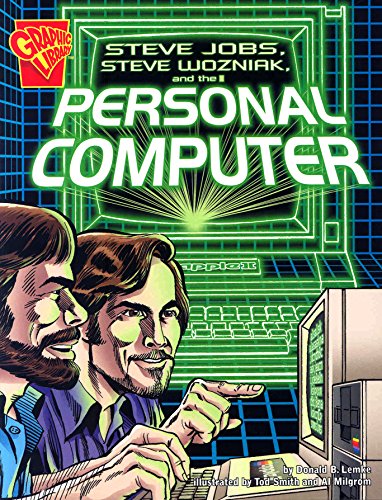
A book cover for Steve Jobs, Steve Wozniak, and the Personal Computer (Inventions and Discovery); Donald B. Lemke; Children's Books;